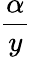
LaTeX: \frac{\alpha}{y}